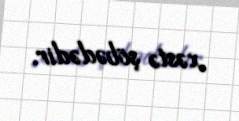
xəstə şöbədədir.